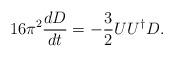
LaTeX: \begin{align*}16 \pi^2 \frac{dD}{dt} = -\frac{3}{2} UU^{\dagger} D.\end{align*}